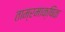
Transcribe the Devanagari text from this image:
ताम्रमाक्षिक